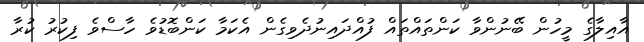
އާއިލާގެ މީހުން ބޭނުންވާ ކަންތައްތައް ފުއްދައިނުދެވިގެން އެކަމާ ކަންބޮޑުވެ ހާސްވެ ފިކުރު ކުރާ